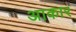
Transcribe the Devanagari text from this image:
अाकार